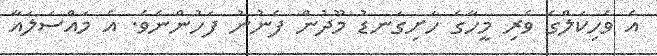
އެ ވެހިކަލްގެ ވެރި މީހާގެ ހަށިގަނޑު މޫދުން ފެނުނު ފަހުންނެވެ. އެ މައްސަލައާ